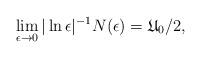
LaTeX: \begin{align*} \lim_{\epsilon \to 0} |\ln \epsilon|^{-1}N(\epsilon) = \mathfrak{U}_0/2, \end{align*}